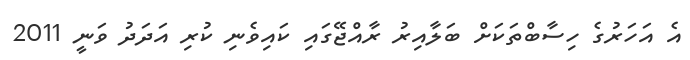
އެ އަހަރުގެ ހިސާބްތަކަށް ބަލާއިރު ރާއްޖޭގައި ކައިވެނި ކުރި އަދަދު ވަނީ 2011